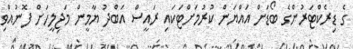
ގެ ޑިރެކްޓަރުންގެ ބޯޑަށް އައްޔަން ކުރުމަށްޓަކައި ރައީސް އަބްދު ޔާމީން މަޖިލީހަށް ފޮނުއްވި